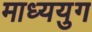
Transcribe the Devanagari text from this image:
माध्ययुग